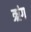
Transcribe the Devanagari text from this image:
ऋंग